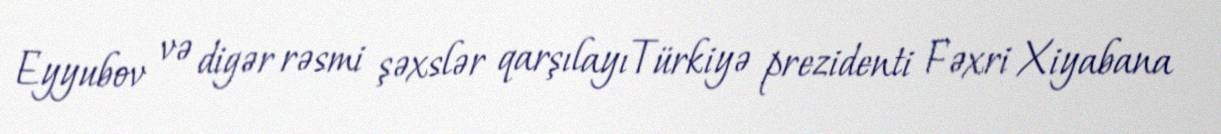
Eyyubov və digər rəsmi şəxslər qarşılayıTürkiyə prezidenti Fəxri Xiyabana